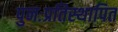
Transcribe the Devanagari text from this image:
पुनःप्रतिस्थापित